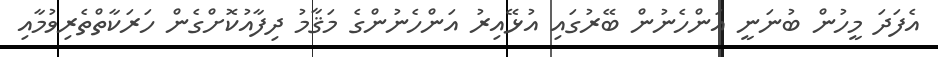
އެފަދަ މީހުން ބުނަނީ އަންހެނުން ބޭރުގައި އުޅޭއިރު އަންހެނުންގެ މަޤާމު ދިފާއުކޮށްގެން ހަރަކާތްތެރިވުމާއި